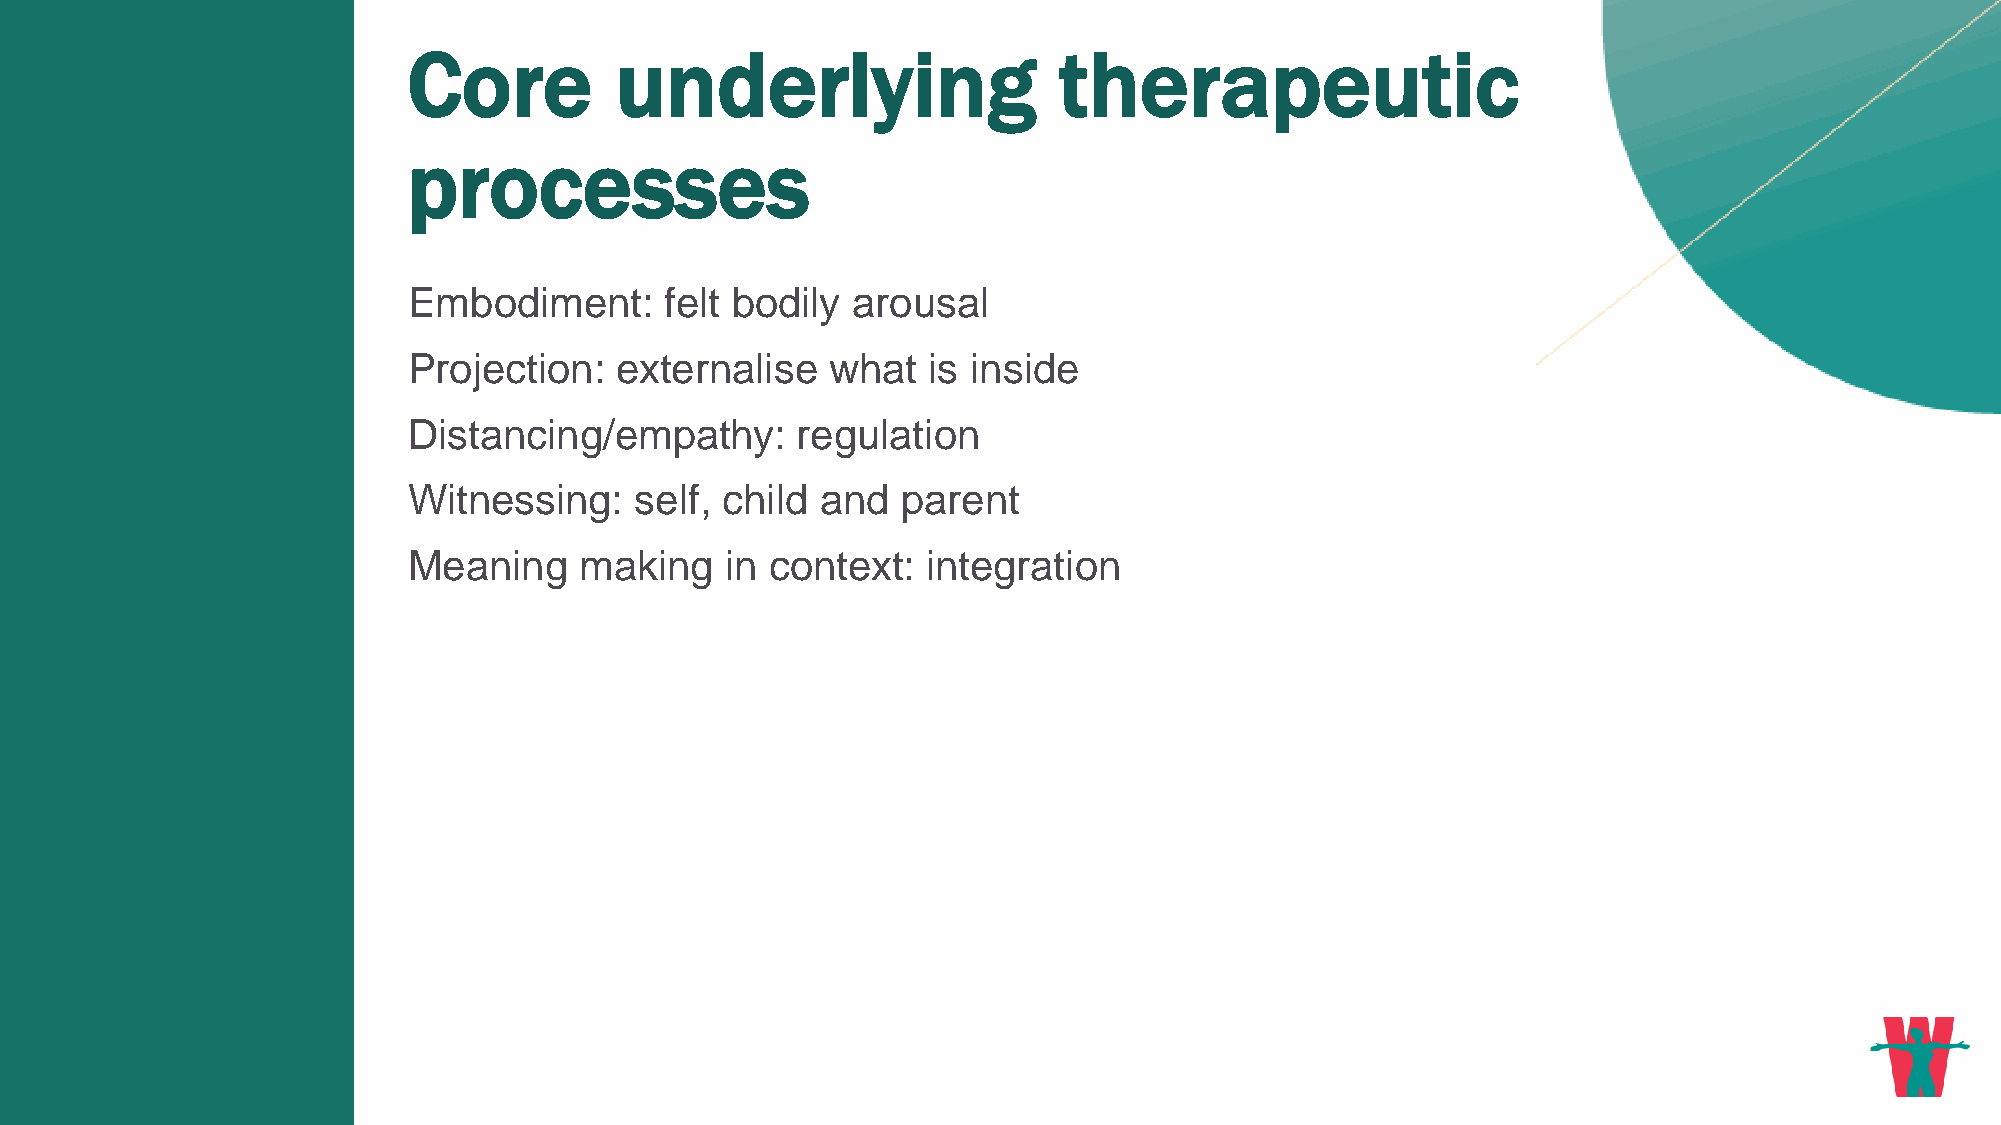
Core          underlying                   therapeutic
 processes
 Embodiment:      felt bodily arousal
 Projection:   externalise   what  is inside
 Distancing/empathy:       regulation
 Witnessing:    self, child and   parent
 Meaning    making    in context:  integration